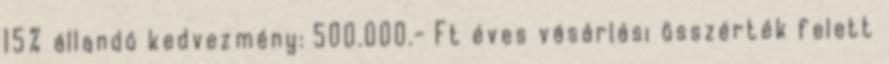
15% állandó kedvezmény: 500.000.- Ft éves vásárlási összérték felett